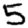
Digit: 5